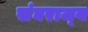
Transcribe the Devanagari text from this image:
संघराज्‍य